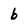
Character: b